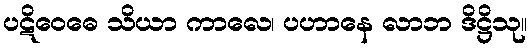
ပဋိဝေဓေ သိယာ ကာလေ၊ ပဟာနေ လာဘ ဒိဋ္ဌိသု။